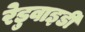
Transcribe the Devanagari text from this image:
रेडुवाइडी